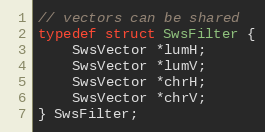
Language: C
// vectors can be shared
typedef struct SwsFilter {
    SwsVector *lumH;
    SwsVector *lumV;
    SwsVector *chrH;
    SwsVector *chrV;
} SwsFilter;